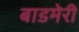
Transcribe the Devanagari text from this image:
बाडमेरी